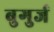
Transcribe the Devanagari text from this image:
बुगुर्ज